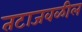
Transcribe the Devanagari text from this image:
तटाजवळील